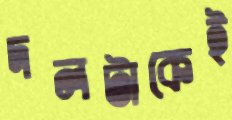
দলটাকেই